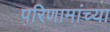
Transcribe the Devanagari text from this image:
परिणामांच्या